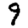
Digit: 9